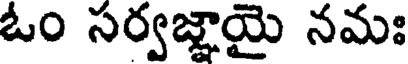
ఓం సర్వజ్ఞాయై నమః